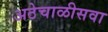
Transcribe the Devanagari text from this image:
अठेचाळीसवा